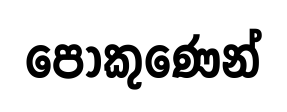
පොකුණෙන්